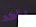
يؤكد